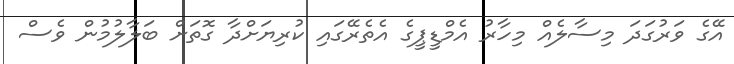
އޭގެ ވަރުގަދަ މިސާލެއް މިހާރު އެމްޑީޕީގެ އެތެރޭގައި ކުރިޔަށްދާ ގޮތަށް ބަލާލުމުން ވެސް